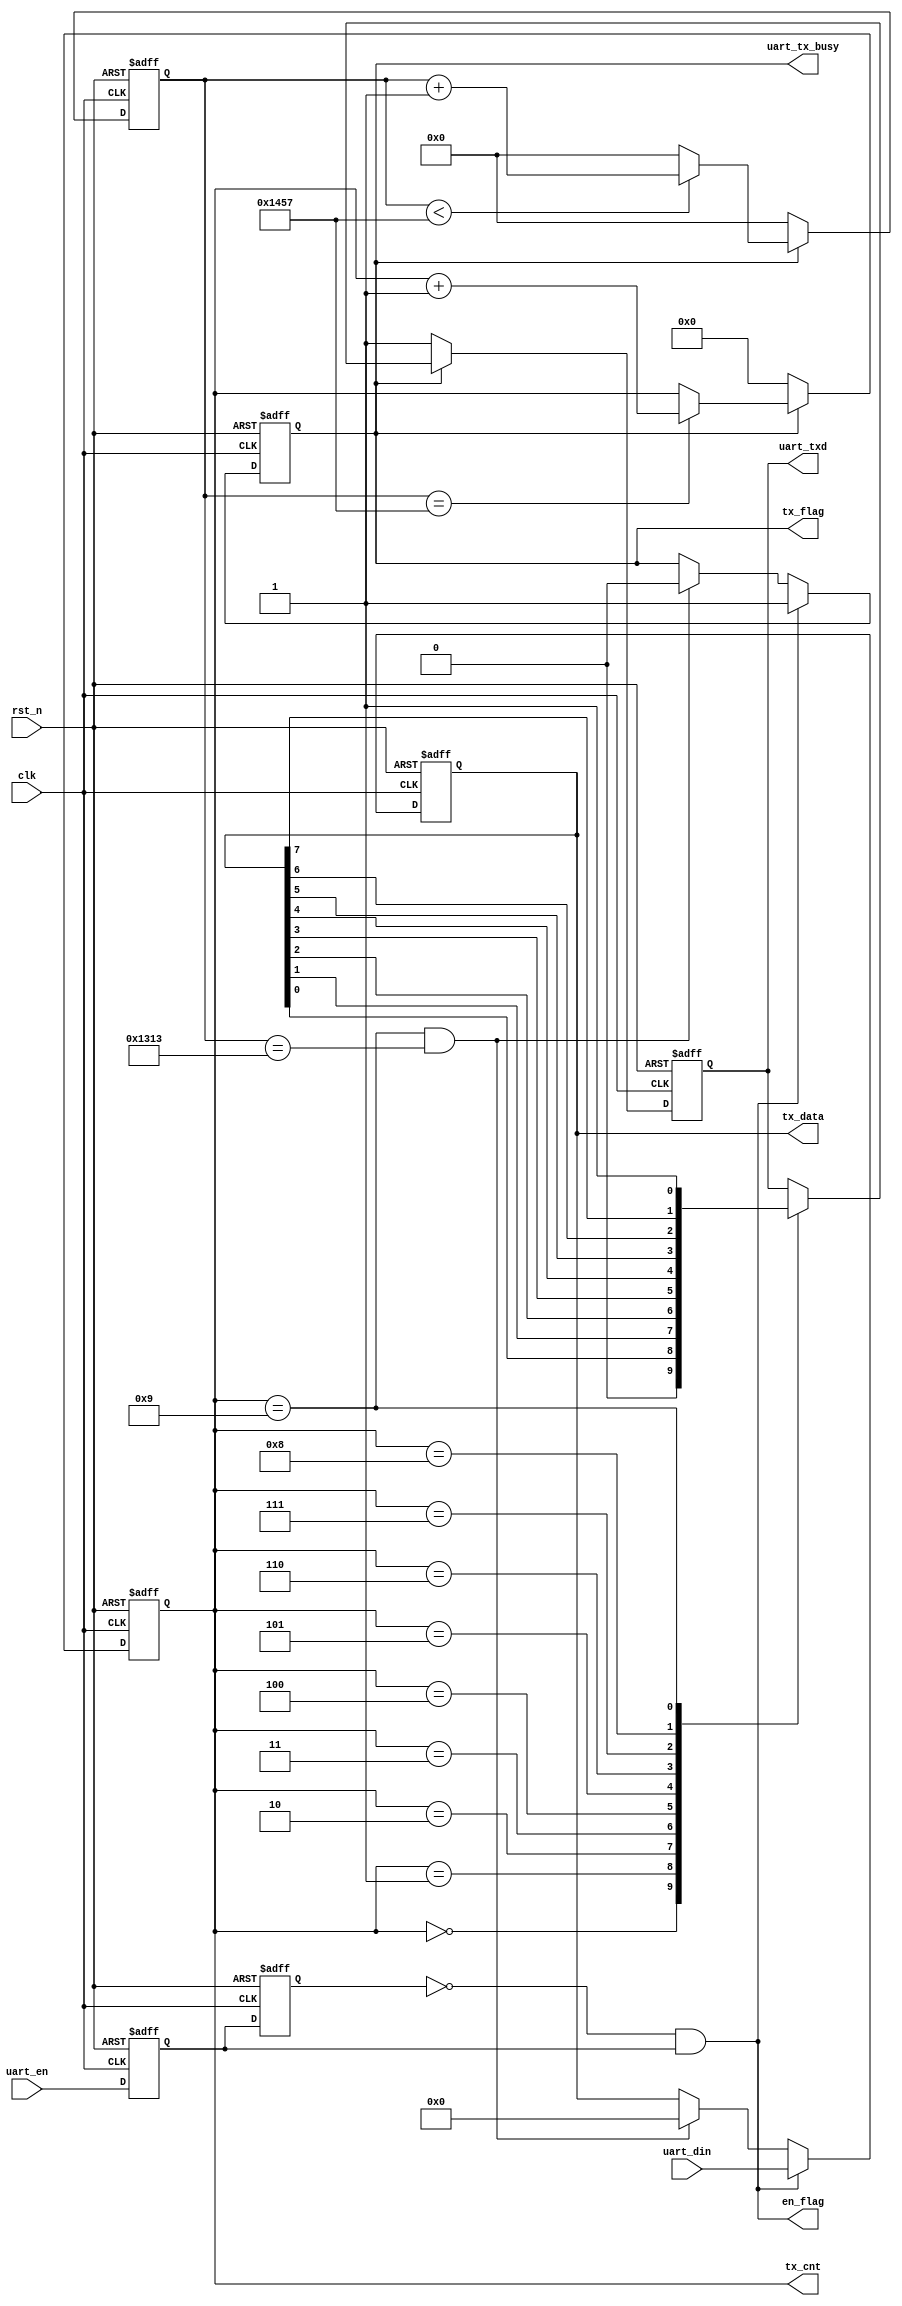
module uart_send (
    input clk,
    input rst_n,

    input            uart_en,
    input      [7:0] uart_din,
    output           uart_tx_busy,
    output           en_flag,
    output reg       tx_flag,
    output reg [7:0] tx_data,
    output reg [3:0] tx_cnt,
    output reg       uart_txd
);


  parameter CLK_FREQ = 50000000;
  parameter UART_BPS = 9600;
  localparam BPS_CNT = CLK_FREQ / UART_BPS;

  reg        uart_en_d0;
  reg        uart_en_d1;
  reg [15:0] clk_cnt;


  assign uart_tx_busy = tx_flag;
  assign en_flag      = (~uart_en_d1) & uart_en_d0;
  always @(posedge clk or negedge rst_n) begin
    if (!rst_n) begin
      uart_en_d0 <= 1'b0;
      uart_en_d1 <= 1'b0;
    end else begin
      uart_en_d0 <= uart_en;
      uart_en_d1 <= uart_en_d0;
    end
  end

  always @(posedge clk or negedge rst_n) begin
    if (!rst_n) begin
      tx_flag <= 1'b0;
      tx_data <= 8'd0;
    end else if (en_flag) begin
      tx_flag <= 1'b1;
      tx_data <= uart_din;
    end else if ((tx_cnt == 4'd9) && (clk_cnt == BPS_CNT - (BPS_CNT / 16))) begin
      tx_flag <= 1'b0;
      tx_data <= 8'd0;
    end else begin
      tx_flag <= tx_flag;
      tx_data <= tx_data;
    end
  end

  always @(posedge clk or negedge rst_n) begin
    if (!rst_n) clk_cnt <= 16'd0;
    else if (tx_flag) begin
      if (clk_cnt < BPS_CNT - 1) clk_cnt <= clk_cnt + 1'b1;
      else clk_cnt <= 16'd0;
    end else clk_cnt <= 16'd0;
  end

  always @(posedge clk or negedge rst_n) begin
    if (!rst_n) tx_cnt <= 4'd0;
    else if (tx_flag) begin
      if (clk_cnt == BPS_CNT - 1) tx_cnt <= tx_cnt + 1'b1;
      else tx_cnt <= tx_cnt;
    end else tx_cnt <= 4'd0;
  end


  always @(posedge clk or negedge rst_n) begin
    if (!rst_n) uart_txd <= 1'b1;
    else if (tx_flag)
      case (tx_cnt)
        4'd0:    uart_txd <= 1'b0;
        4'd1:    uart_txd <= tx_data[0];
        4'd2:    uart_txd <= tx_data[1];
        4'd3:    uart_txd <= tx_data[2];
        4'd4:    uart_txd <= tx_data[3];
        4'd5:    uart_txd <= tx_data[4];
        4'd6:    uart_txd <= tx_data[5];
        4'd7:    uart_txd <= tx_data[6];
        4'd8:    uart_txd <= tx_data[7];
        4'd9:    uart_txd <= 1'b1;
        default: ;
      endcase
    else uart_txd <= 1'b1;
  end

endmodule